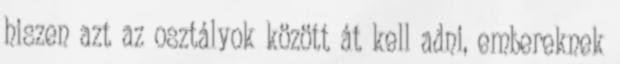
hiszen azt az osztályok között át kell adni, embereknek